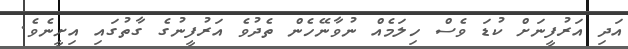
އަދި އަރުފީނަށް ކުޑަ ވެސް ހިލަމެއް ނުވާނޭހެން ތެދުވެ އަރުފީނުގެ ގާތުގައި އިށީނެވެ.